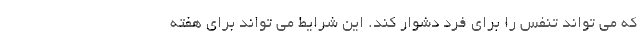
که می تواند تنفس را برای فرد دشوار کند. این شرایط می تواند برای هفته